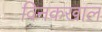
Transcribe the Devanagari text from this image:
विनकखाल